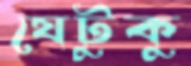
যেটুকু